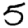
Digit: 5